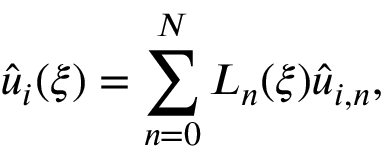
\hat { u } _ { i } ( \xi ) = \sum _ { n = 0 } ^ { N } L _ { n } ( \xi ) \hat { u } _ { i , n } ,